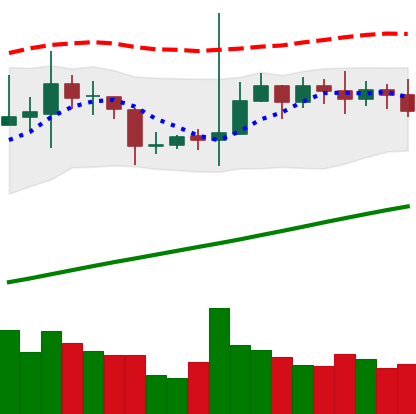
Ticker: TRX-USD
Chart end date: 2020-10-29
Forward return: -7.829%
Label: down_7plus